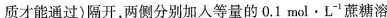
质才能通过)隔开，两侧分别加入等量的0.1mol·L^{-1}蔗糖溶